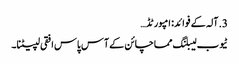
3. آلہ کے فوائد: امپورٹڈ…
ٹیوب لیبلنگ مماچائن کے آس پاس افقی لپیٹنا۔